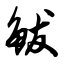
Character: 鲅